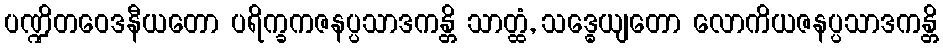
ပဏ္ဍိတဝေဒနီယတော ပရိက္ခကဇနပ္ပသာဒကန္တိ သာတ္ထံ, သဒ္ဓေယျတော လောကိယဇနပ္ပသာဒကန္တိ